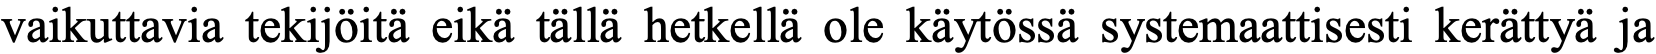
vaikuttavia tekijöitä eikä tällä hetkellä ole käytössä systemaattisesti kerättyä ja